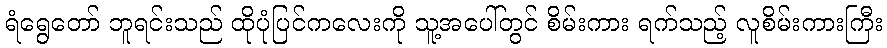
ရံရွေတော် ဘူရင်းသည် ထိုပုံပြင်ကလေးကို သူ့အပေါ်တွင် စိမ်းကား ရက်သည့် လူစိမ်းကားကြီး